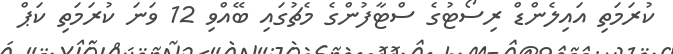
ކުރަމަތި އައިލެންޑް ރިސޯޓުގެ ސްޓާފުންގެ މެޗުގައި ބޭއްވި 12 ވަނަ ކުރަމަތި ކަޕް